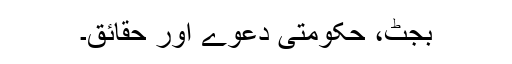
بجٹ، حکومتی دعوے اور حقائق۔